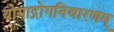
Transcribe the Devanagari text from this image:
योगाद्रोगनिवारणम्